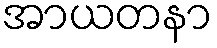
အာယတနာ